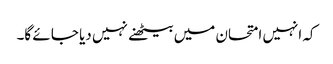
کہ انہیں امتحان میں بیٹھنے نہیں دیا جا ئے گا۔